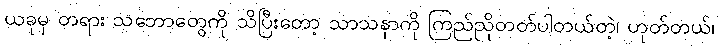
ယခုမှ တရား သဘောတွေကို သိပြီးတော့ သာသနာကို ကြည်ညိုတတ်ပါတယ်တဲ့၊ ဟုတ်တယ်၊